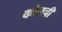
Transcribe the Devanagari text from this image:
कोलची